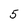
Character: 5